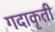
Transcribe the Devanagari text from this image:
गदाकृती